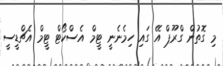
މި ގޮތުން ގްރޫޕް އޭ ގައި ހިމެނެނީ ޓީމް އެސްކޯޓް ޓީމް އެޗްޑީސީ